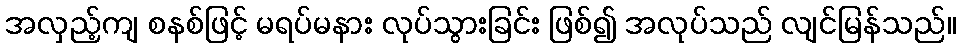
အလှည့်ကျ စနစ်ဖြင့် မရပ်မနား လုပ်သွားခြင်း ဖြစ်၍ အလုပ်သည် လျင်မြန်သည်။